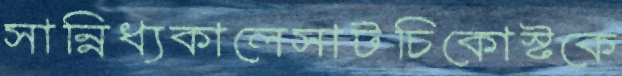
সান্নিধ্যকালেসাটচিকোস্টকে